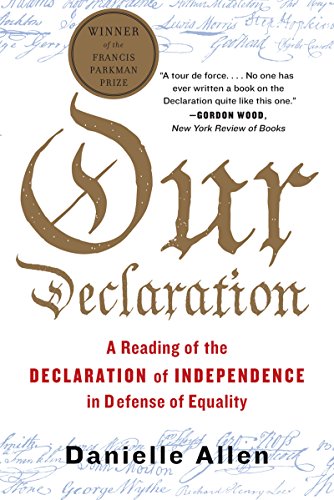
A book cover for Our Declaration: A Reading of the Declaration of Independence in Defense of Equality; Danielle Allen; History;